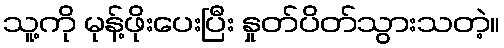
သူ့ကို မုန့်ဖိုးပေးပြီး နှုတ်ပိတ်သွားသတဲ့။